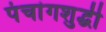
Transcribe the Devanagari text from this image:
पंचांगशुद्धी